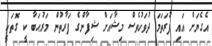
އެގެޔަށް އައި ފުރަތަމަ ދުވަހުވެސް މިޝާއަށް ޝިފާންގެ ފަރާތުން މަރުޙަބާ ކީ ގޮތަކީ